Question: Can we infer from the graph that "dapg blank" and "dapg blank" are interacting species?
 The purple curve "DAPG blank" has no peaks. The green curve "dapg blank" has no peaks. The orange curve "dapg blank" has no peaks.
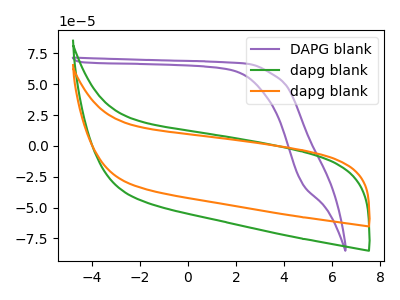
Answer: <think>Neither "dapg blank" or "dapg blank" have any peaks.
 </think>
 <answer>No, "dapg blank" and "dapg blank" don't appear to be significantly different in shape</answer>
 <eval>no_change</eval>